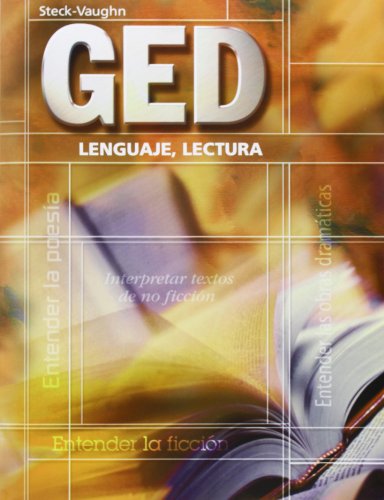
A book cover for GED Lenguaje, Lectura (GED Satellite Spanish) (Spanish Edition) (Steck-Vaughn GED, Spanish); STECK-VAUGHN; Test Preparation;